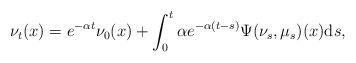
LaTeX: \begin{align*}\nu_t(x) = e^{-\alpha t}\nu_0(x) + \int_0^t \alpha e^{-\alpha (t-s)} \Psi(\nu_s, \mu_s)(x) \mathrm{d}s,\end{align*}